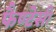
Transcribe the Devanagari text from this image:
फैण्टेसी